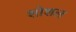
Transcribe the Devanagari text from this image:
शोशल